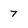
Character: 7